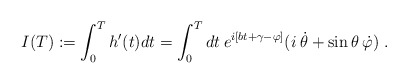
\begin{align*}I(T):=\int_0^T h'(t)dt=\int_0^T dt\: e^{i[bt+\gamma-\varphi]}(i\:\dot\theta+\sin\theta\:\dot\varphi)\;.\end{align*}